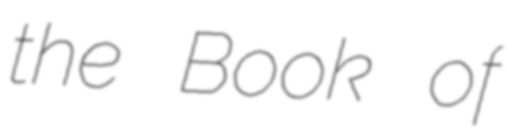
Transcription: the Book of